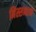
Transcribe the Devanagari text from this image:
निस्सन्तान